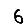
Digit: 6